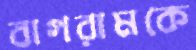
বাগরামকে